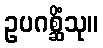
ဥပဂစ္ဆိံသု။